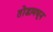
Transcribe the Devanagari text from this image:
तोंडामधून